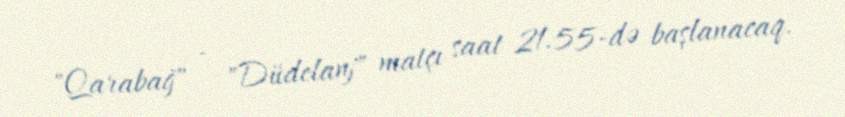
"Qarabağ" - "Düdelanj" matçı saat 21.55-də başlanacaq.